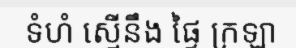
ទំហំ ស្មើនឹង ផ្ទៃ ក្រឡា